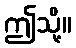
ဤသို့။